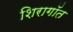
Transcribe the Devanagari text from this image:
शिरागॉत